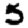
Digit: 5